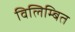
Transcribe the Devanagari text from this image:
विलिम्बित